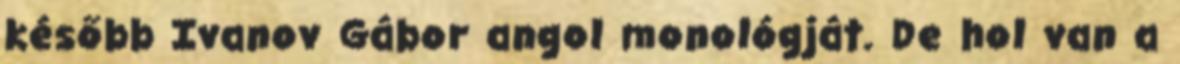
később Ivanov Gábor angol monológját. De hol van a